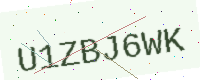
Text: U1ZBJ6WK